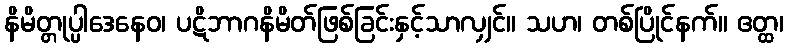
နိမိတ္တုပ္ပါဒေနေဝ၊ ပဋိဘာဂနိမိတ်ဖြစ်ခြင်းနှင့်သာလျှင်။ သဟ၊ တစ်ပြိုင်နက်။ ဧတ္ထ၊